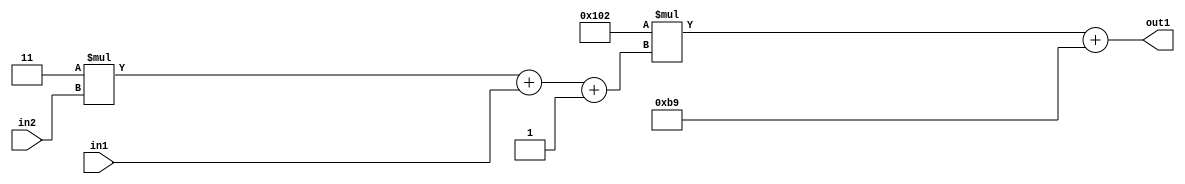
`timescale 1ps / 1ps
/*****************************************************************************
    Verilog RTL Description
    
    
    Created by: Stratus DpOpt 2019.1.01 
*******************************************************************************/

module DC_Filter_Add2i185Mul2i258Add3i1u1Mul2i3u2_1 (
	in2,
	in1,
	out1
	); /* architecture "behavioural" */ 
input [1:0] in2;
input  in1;
output [11:0] out1;
wire [11:0] asc001;
wire [3:0] asc002;

wire [3:0] asc002_tmp_0;
wire [3:0] asc002_tmp_1;
assign asc002_tmp_1 = 
	+(4'B0011 * in2);
assign asc002_tmp_0 = asc002_tmp_1
	+(in1);
assign asc002 = asc002_tmp_0
	+(4'B0001);

wire [11:0] asc001_tmp_2;
assign asc001_tmp_2 = 
	+(12'B000100000010 * asc002);
assign asc001 = asc001_tmp_2
	+(12'B000010111001);

assign out1 = asc001;
endmodule

/* CADENCE  vrP4Tw8= : u9/ySgnWtBlWxVPRXgAZ4Og= ** DO NOT EDIT THIS LINE ******/